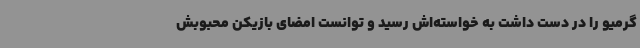
گرمیو را در دست داشت به خواسته‌اش رسید و توانست امضای بازیکن محبوبش